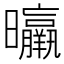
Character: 㬯